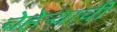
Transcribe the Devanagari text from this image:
चेहेऱ्याची